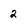
Character: 2